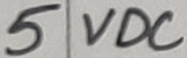
Text: 5 VDC